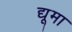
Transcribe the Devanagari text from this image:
द्यूमा